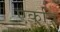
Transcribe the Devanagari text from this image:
एकत्रि